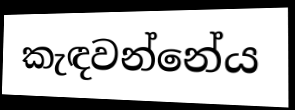
කැඳවන්නේය